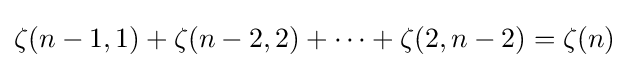
\zeta (n-1,1)+\zeta (n-2,2)+\cdots +\zeta (2,n-2)=\zeta (n)